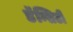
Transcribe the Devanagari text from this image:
डॅन्सिटी